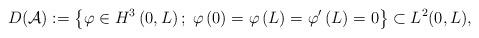
LaTeX: \begin{align*}D(\mathcal{A}):=\left\{ \varphi \in H^{3}\left( 0,L\right);\; \varphi \left( 0\right)=\varphi \left( L\right) =\varphi'\left( L\right) =0\right\} \subset L^2(0,L),\end{align*}